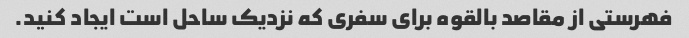
فهرستی از مقاصد بالقوه برای سفری که نزدیک ساحل است ایجاد کنید.